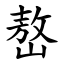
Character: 嶅